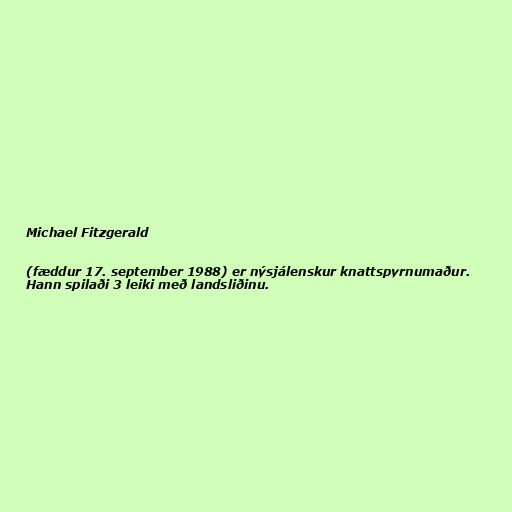
Michael Fitzgerald

(fæddur 17. september 1988) er nýsjálenskur knattspyrnumaður.
Hann spilaði 3 leiki með landsliðinu.